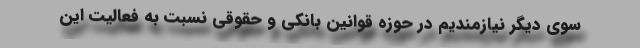
سوی دیگر نیازمندیم در حوزه قوانین بانکی و حقوقی نسبت به فعالیت این